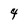
Character: 4